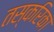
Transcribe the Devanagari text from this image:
तस्करिका